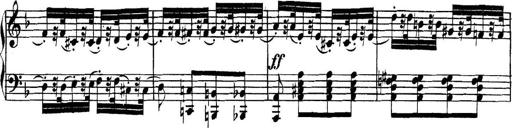
Title: Collected Piano Sonatas
Composer: Muzio Clementi